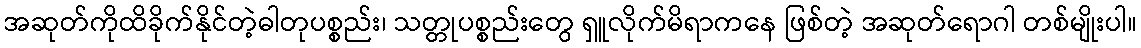
အဆုတ်ကိုထိခိုက်နိုင်တဲ့ဓါတုပစ္စည်း၊ သတ္တုပစ္စည်းတွေ ရှူလိုက်မိရာကနေ ဖြစ်တဲ့ အဆုတ်ရောဂါ တစ်မျိုးပါ။